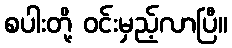
စပါးတို့ ဝင်းမှည့်လာပြီ။